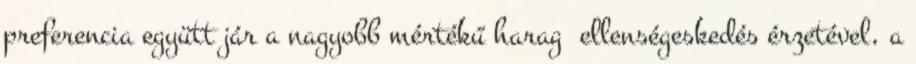
preferencia együtt jár a nagyobb mértékű harag ellenségeskedés érzetével, a